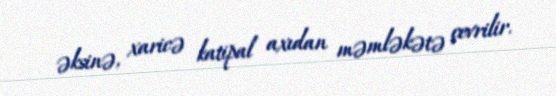
əksinə, xaricə katipal axıdan məmləkətə çevrilir.